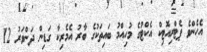
އެހެންވެ ޕެޓްރިއޮޓިކް އެކްޓުގެ މުހިއްމު ބައިތަކުގެ ބާރު އެމެރިކާ ގަޑިން ދަންވަރު 12